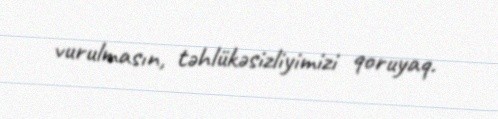
vurulmasın, təhlükəsizliyimizi qoruyaq.